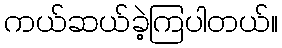
ကယ်ဆယ်ခဲ့ကြပါတယ်။